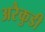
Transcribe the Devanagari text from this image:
अरैकुडी